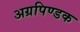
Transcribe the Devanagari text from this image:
अग्रपिण्डक